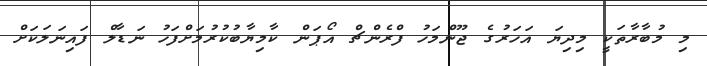
މި މުބާރާތަކީ މިދިޔަ އަހަރުގެ ޖޫންމަހު ފްރެންޗް އޯޕަން ކާމިޔާބުކުރުމަށްފަހު ނަޑާލް ފައިނަލަކަށް